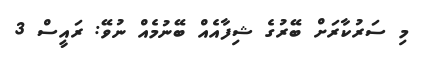
މި ސަރުކާރަށް ބޭރުގެ ޝިފާއެއް ބޭނުމެއް ނުވޭ: ރައީސް 3